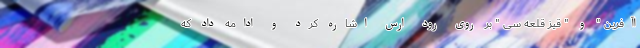
اآفرین " و " قیز قلعه سی " بر روی رود ارس اشاره کرد و ادامه داد که